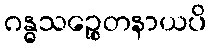
ဂန္ဓသဉ္စေတနာယပိ